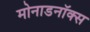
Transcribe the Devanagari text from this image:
मोनाडनॉक्स